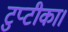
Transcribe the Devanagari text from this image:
टुप्टीका।